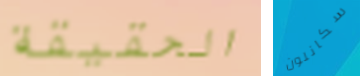
الحقيقة سكانلون